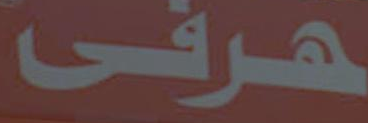
هرفى